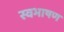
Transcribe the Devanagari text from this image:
स्वभाषण